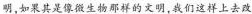
明，如果其是像微生物那样的文明，我们这样上去改